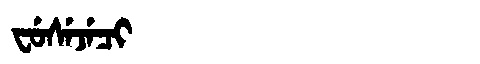
Manchu: ᠸᡠᠰᡝᠵᡝᠴᡳ
Romanization: FUSEJECI